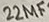
Text: 22µF